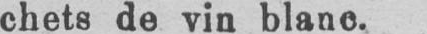
chets de vin blanc.